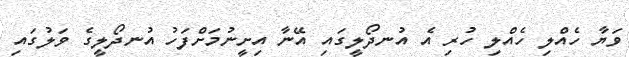
ވަޔާ ހެއްލި ހެއްލި ހުރި އެ އުނދޯލީގައި އޭނާ އިށީނުމަށްފަހު އުނދޯލީގެ ވަލުގައި